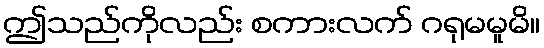
ဤသည်ကိုလည်း စကားလက် ဂရုမမူမိ။